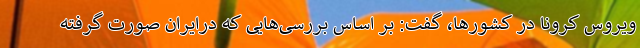
ویروس کرونا در کشورها،‌ گفت: بر اساس بررسی‌هایی که درایران صورت گرفته